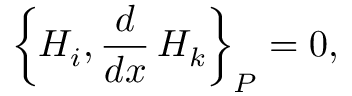
\left\{ H _ { i } , \frac { d } { d x } \, H _ { k } \right\} _ { P } = 0 ,